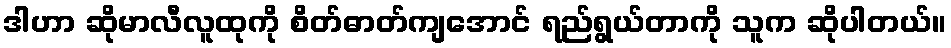
ဒါဟာ ဆိုမာလီလူထုကို စိတ်ဓာတ်ကျအောင် ရည်ရွယ်တာကို သူက ဆိုပါတယ်။